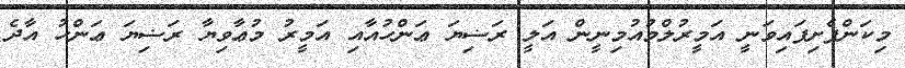
މިކަންފެށިފައިވަނީ އަމީރުލްމުއުމިނީން އަލީ ރަޟިޔަ ޢަންހުއާއި އަމީރު މުޢާވިޔާ ރަޟިޔަ ޢަންހު އާދެ